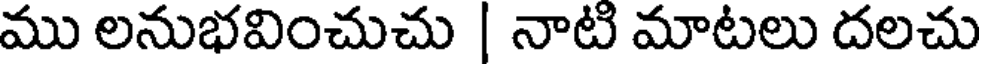
ము లనుభవించుచు | నాటి మాటలు దలచు